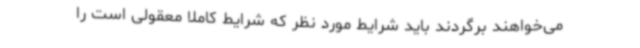
می‌خواهند برگردند باید شرایط مورد نظر که شرایط کاملاً معقولی است را